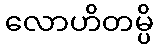
လောဟိတမ္ပိ